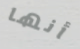
أنها